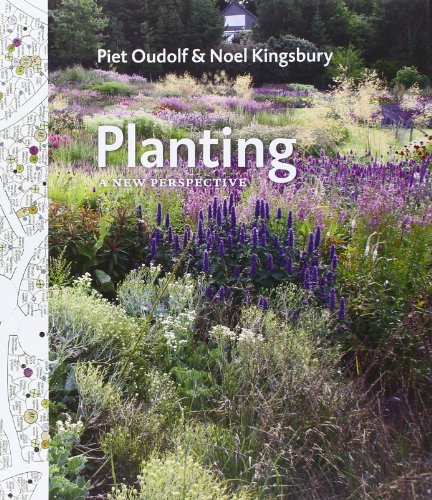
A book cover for Planting: A New Perspective; Noel Kingsbury; Crafts, Hobbies & Home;